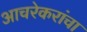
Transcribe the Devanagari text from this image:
आचरेकरांचा